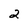
Character: 2